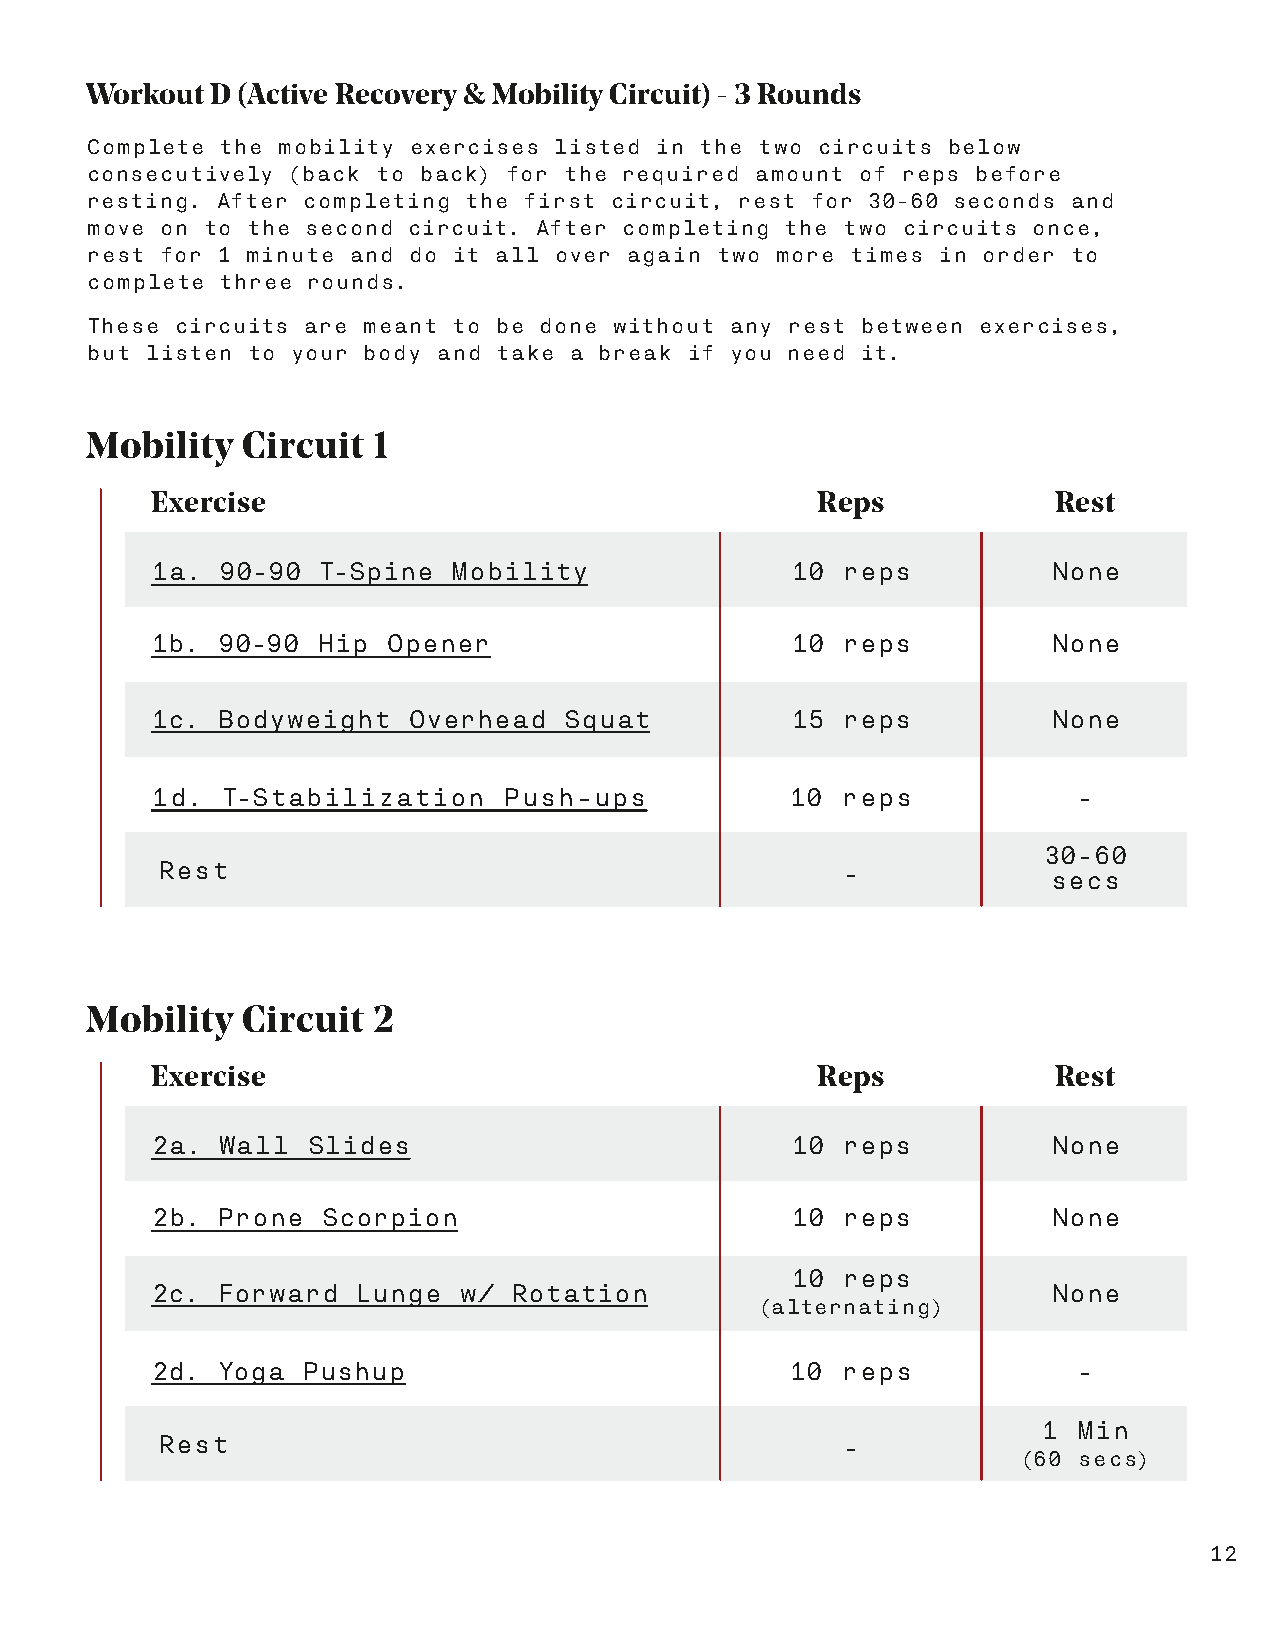
Workout D (Active Recovery & Mobility Circuit) - 3 Rounds
 Complete the mobility exercises listed in the two circuits below
 consecutively (back to back) for the required amount of reps before
 resting. After completing the first circuit, rest for 30-60 seconds and
 move on to the second circuit. After completing the two circuits once,
 rest for 1 minute and do it all over again two more times in order to
 complete three rounds.
 These circuits are meant to be done without any rest between exercises,
 but listen to your body and take a break if you need it.
 Mobility  Circuit  1
 Exercise                                    Reps            Rest
 1a. 90-90  T-Spine  Mobility              10  reps          None
 1b. 90-90  Hip  Opener                    10  reps          None
 1c. Bodyweight   Overhead  Squat          15  reps          None
 1d.  T-Stabilization    Push-ups          10  reps           -
 30-60
 Rest                                          -
 secs
 Mobility  Circuit  2
 Exercise                                    Reps            Rest
 2a. Wall  Slides                          10  reps          None
 2b. Prone  Scorpion                       10  reps          None
 10  reps
 2c. Forward   Lunge w/  Rotation                            None
 (alternating)
 2d. Yoga  Pushup                          10  reps           -
 1 Min
 Rest                                          -
 (60 secs)
 12